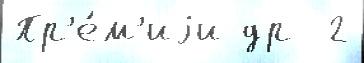
Пр'е́м'иjи др  2